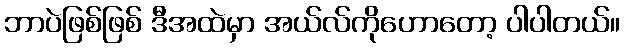
ဘာပဲဖြစ်ဖြစ် ဒီအထဲမှာ အယ်လ်ကိုဟောတော့ ပါပါတယ်။